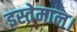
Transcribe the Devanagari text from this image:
इस्तेमाल।